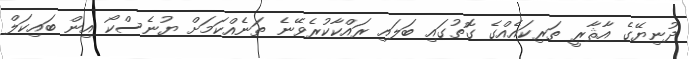
ދުނިޔޭގެ އާޘާރީ ތަރިކައެއްގެ ގޮތުގައި ބަލައި ރައްކާކުރެވޭނެ ތަނެއްކަމަށް ޔުނެސްކޯ އިން ބައިކަލް